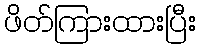
ဖိတ်ကြားထားပြီး